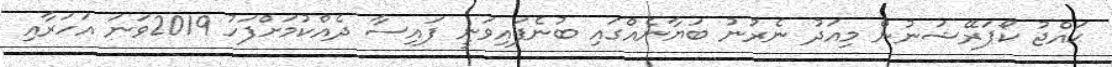
ޙައްޖު ކޯޕަރޭޝަނުން މިއަދު ނެރުނު ބަޔާނެއްގައި ބުނެފައިވަނީ ފައިސާ ދެއްކުމަށްފަހު 2019ވަނަ އަހަރާއި